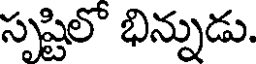
సృష్టిలో భిన్నుడు.